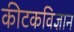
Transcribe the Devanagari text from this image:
कीटकविज्ञान